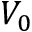
V _ { 0 }